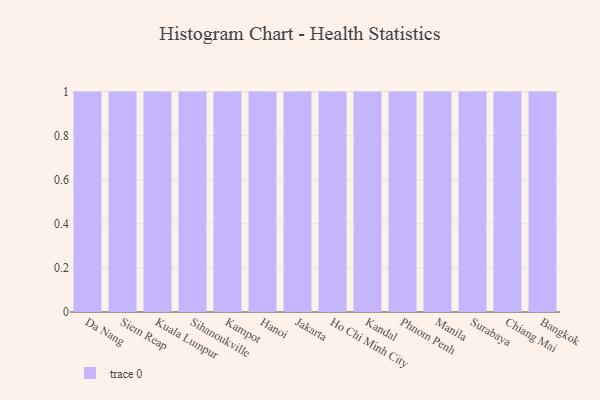
{"axis": {"x": "City", "y": "Inventory Turnover"}, "legend": [""], "data": [{"x": "Da Nang", "y": 53, "type": ""}, {"x": "Siem Reap", "y": 59, "type": ""}, {"x": "Kuala Lumpur", "y": 96, "type": ""}, {"x": "Sihanoukville", "y": 41, "type": ""}, {"x": "Kampot", "y": 1, "type": ""}, {"x": "Hanoi", "y": 6, "type": ""}, {"x": "Jakarta", "y": 94, "type": ""}, {"x": "Ho Chi Minh City", "y": 55, "type": ""}, {"x": "Kandal", "y": 45, "type": ""}, {"x": "Phnom Penh", "y": 81, "type": ""}, {"x": "Manila", "y": 87, "type": ""}, {"x": "Surabaya", "y": 98, "type": ""}, {"x": "Chiang Mai", "y": 74, "type": ""}, {"x": "Bangkok", "y": 87, "type": ""}]}